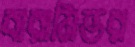
বারামিভর